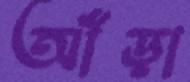
আঁড়া